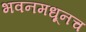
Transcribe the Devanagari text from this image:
भवनमधूनच